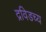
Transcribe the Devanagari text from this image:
द्रविडच्य